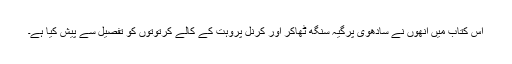
اس کتاب میں انھوں نے سادھوی پرگیہ سنگھ ٹھاکر اور کرنل پروہت کے کالے کرتوتوں کو تفصیل سے پیش کیا ہے۔